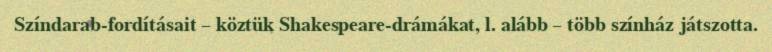
Színdarab-fordításait – köztük Shakespeare-drámákat, l. alább – több színház játszotta.